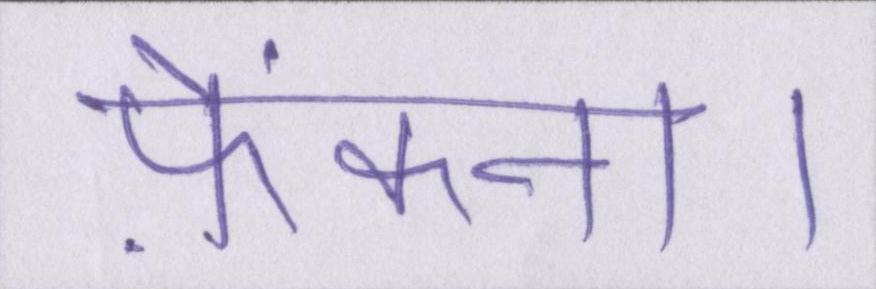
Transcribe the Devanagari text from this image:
फ़ेंकना।